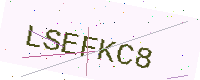
Text: LSEFKC8